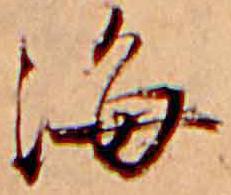
海